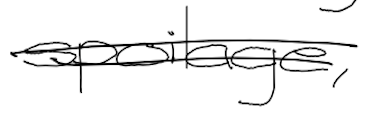
Text: spoilage,
Cross-out: double-line
Writing tool: digital_black